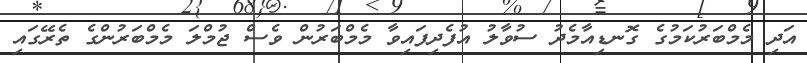
އަދި މެމްބަރުކަމުގެ ގޮނޑިއާމެދު ސުވާލު އުފެދިފައިވާ މެމްބަރުން ވެސް ޖުމްލަ މެމްބަރުންގެ ތެރޭގައި